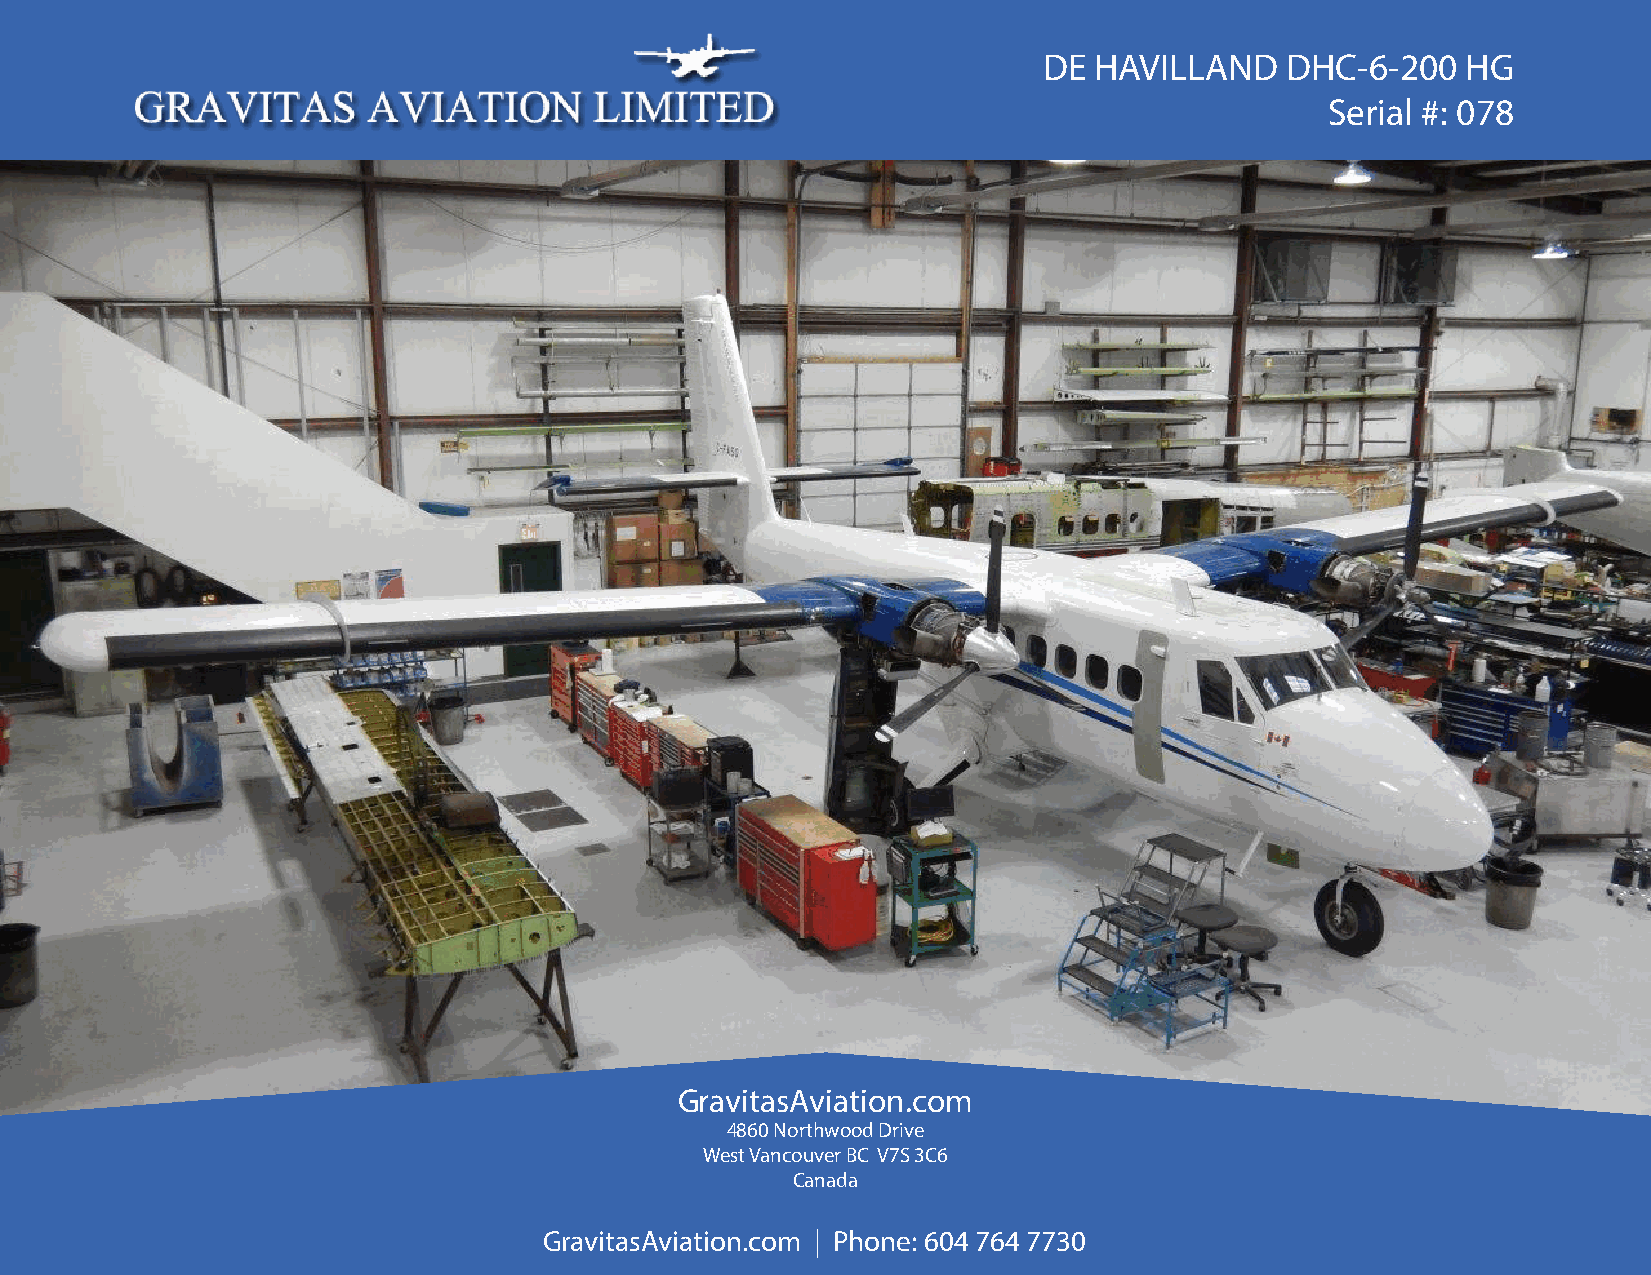
DE HAVILLAND    DHC-6-200   HG
 Serial #: 078
 GravitasAviation.com
 4860 Northwood Drive
 West Vancouver BC V7S 3C6
 Canada
 GravitasAviation.com | Phone: 604 764 7730